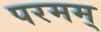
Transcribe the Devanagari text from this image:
परमम्